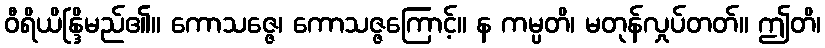
ဝီရိယိန္ဒြိမည်၏။ ကောသဇ္ဇေ၊ ကောသဇ္ဇကြောင့်။ န ကမ္ပတိ၊ မတုန်လှုပ်တတ်။ ဤတိ၊